Vaccination Hyderabad 1872-1889 - 1872-1889
Year: 1872
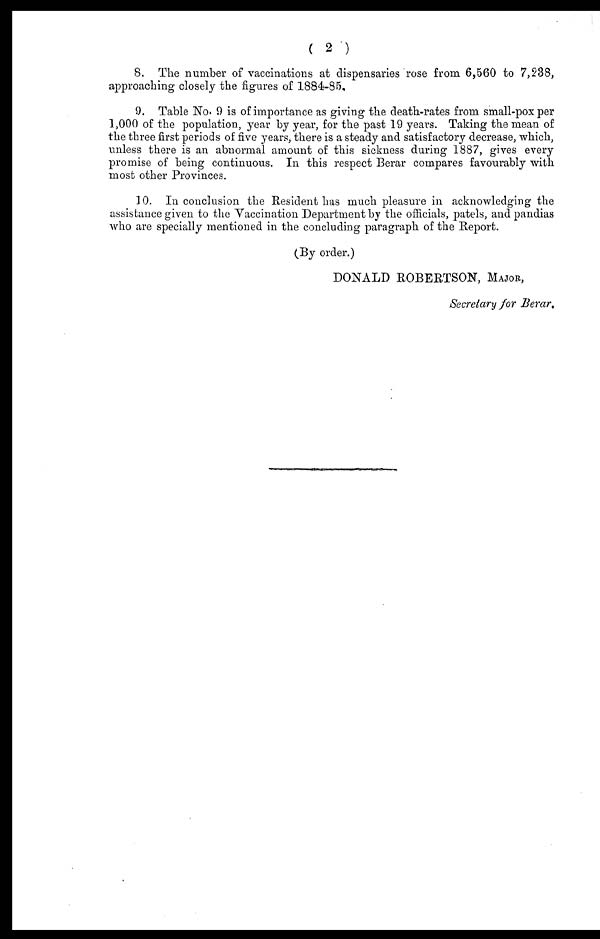
( 2 )
8. The number of vaccinations at dispensaries rose from 6,560 to 7,238,
approaching closely the figures of 1884-85.
9. Table No. 9 is of importance as giving the death-rates from small-pox per
1,000 of the population, year by year, for the past 19 years. Taking the mean of
the three first periods of five years, there is a steady and satisfactory decrease, which,
unless there is an abnormal amount of this sickness during 1887, gives every
promise of being continuous. In this respect Berar compares favourably with
most other Provinces.
10. In conclusion the Resident has much pleasure in acknowledging the
assistance given to the Vaccination Department by the officials, patels, and pandias
who are specially mentioned in the concluding paragraph of the Report.
(By order.)
DONALD ROBERTSON, MAJOR,
Secretary for Berar.,